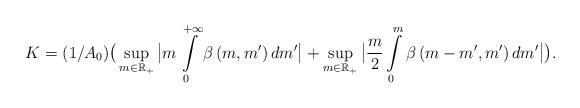
LaTeX: \begin{align*}K = (1/A_0) \big(\mathop {\sup }\limits_{m \in \mathbb{R}_+ }\big| {m\int\limits_0^{ + \infty } {\beta \left( {m,m'}\right)dm'} } \big| + \mathop {\sup }\limits_{m \in \mathbb{R}_+ }\big| {\frac{m}{2}\int\limits_0^m {\beta \left( {m - m',m'}\right)dm'} } \big| \big).\end{align*}